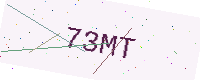
Text: 73MT